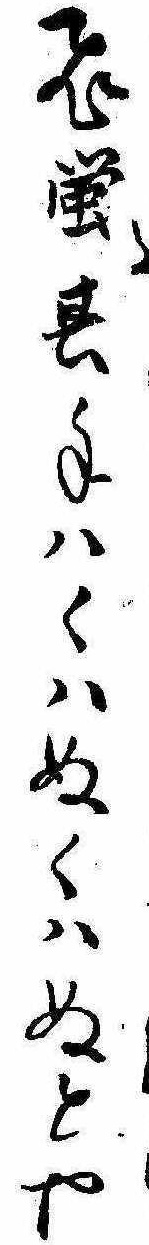
飛蛍其手はくはぬくはぬとや